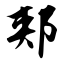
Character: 郏